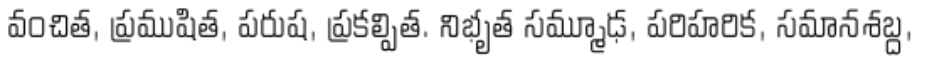
వంచిత, ప్రముషిత, పరుష, ప్రకల్పిత. నిభృత సమ్మూఢ, పరిహరిక, సమానశబ్ద,